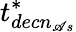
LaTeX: t_{decn_{\mathscr{A}s}}^{*}